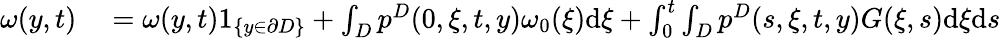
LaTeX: \begin{array}{rl}{\omega(y,t)}&{{}=\omega(y,t)1_{\{ y\in\partial D\} }+\int_{D}p^{D}(0,\xi,t,y)\omega_{0}(\xi)\textrm{d}\xi+\int_{0}^{t}\int_{D}p^{D}(s,\xi,t,y)G(\xi,s)\textrm{d}\xi\textrm{d}s}\end{array}